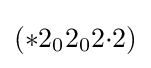
(*2_{0}2_{0}2{\cdot }2)